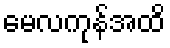
မေလကုန်အထိ